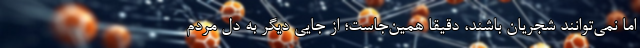
اما نمی‌توانند شجریان باشند، دقیقا همین‌جاست؛ از جایی دیگر به دل مردم